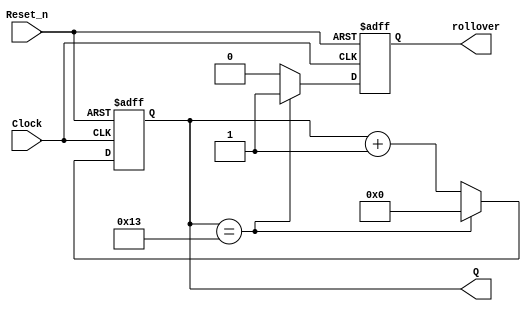
module top_module (
    input wire Clock,
    input wire Reset_n,
    output reg [7:0] Q,
    output reg rollover
);

    parameter k = 20;
    parameter n = 8;

    always @(posedge Clock or negedge Reset_n) begin
        if (!Reset_n) begin
            Q <= 8'd0;
            rollover <= 1'b0;
        end else if (Q == k-1) begin
            Q <= 8'd0;
            rollover <= 1'b1;
        end else begin
            Q <= Q + 1'b1;
            rollover <= 1'b0;
        end
    end

endmodule